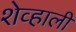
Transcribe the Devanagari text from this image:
शेव्हाली